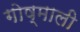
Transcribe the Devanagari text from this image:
गोष्माली